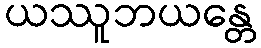
ယဿူဘယန္တေ